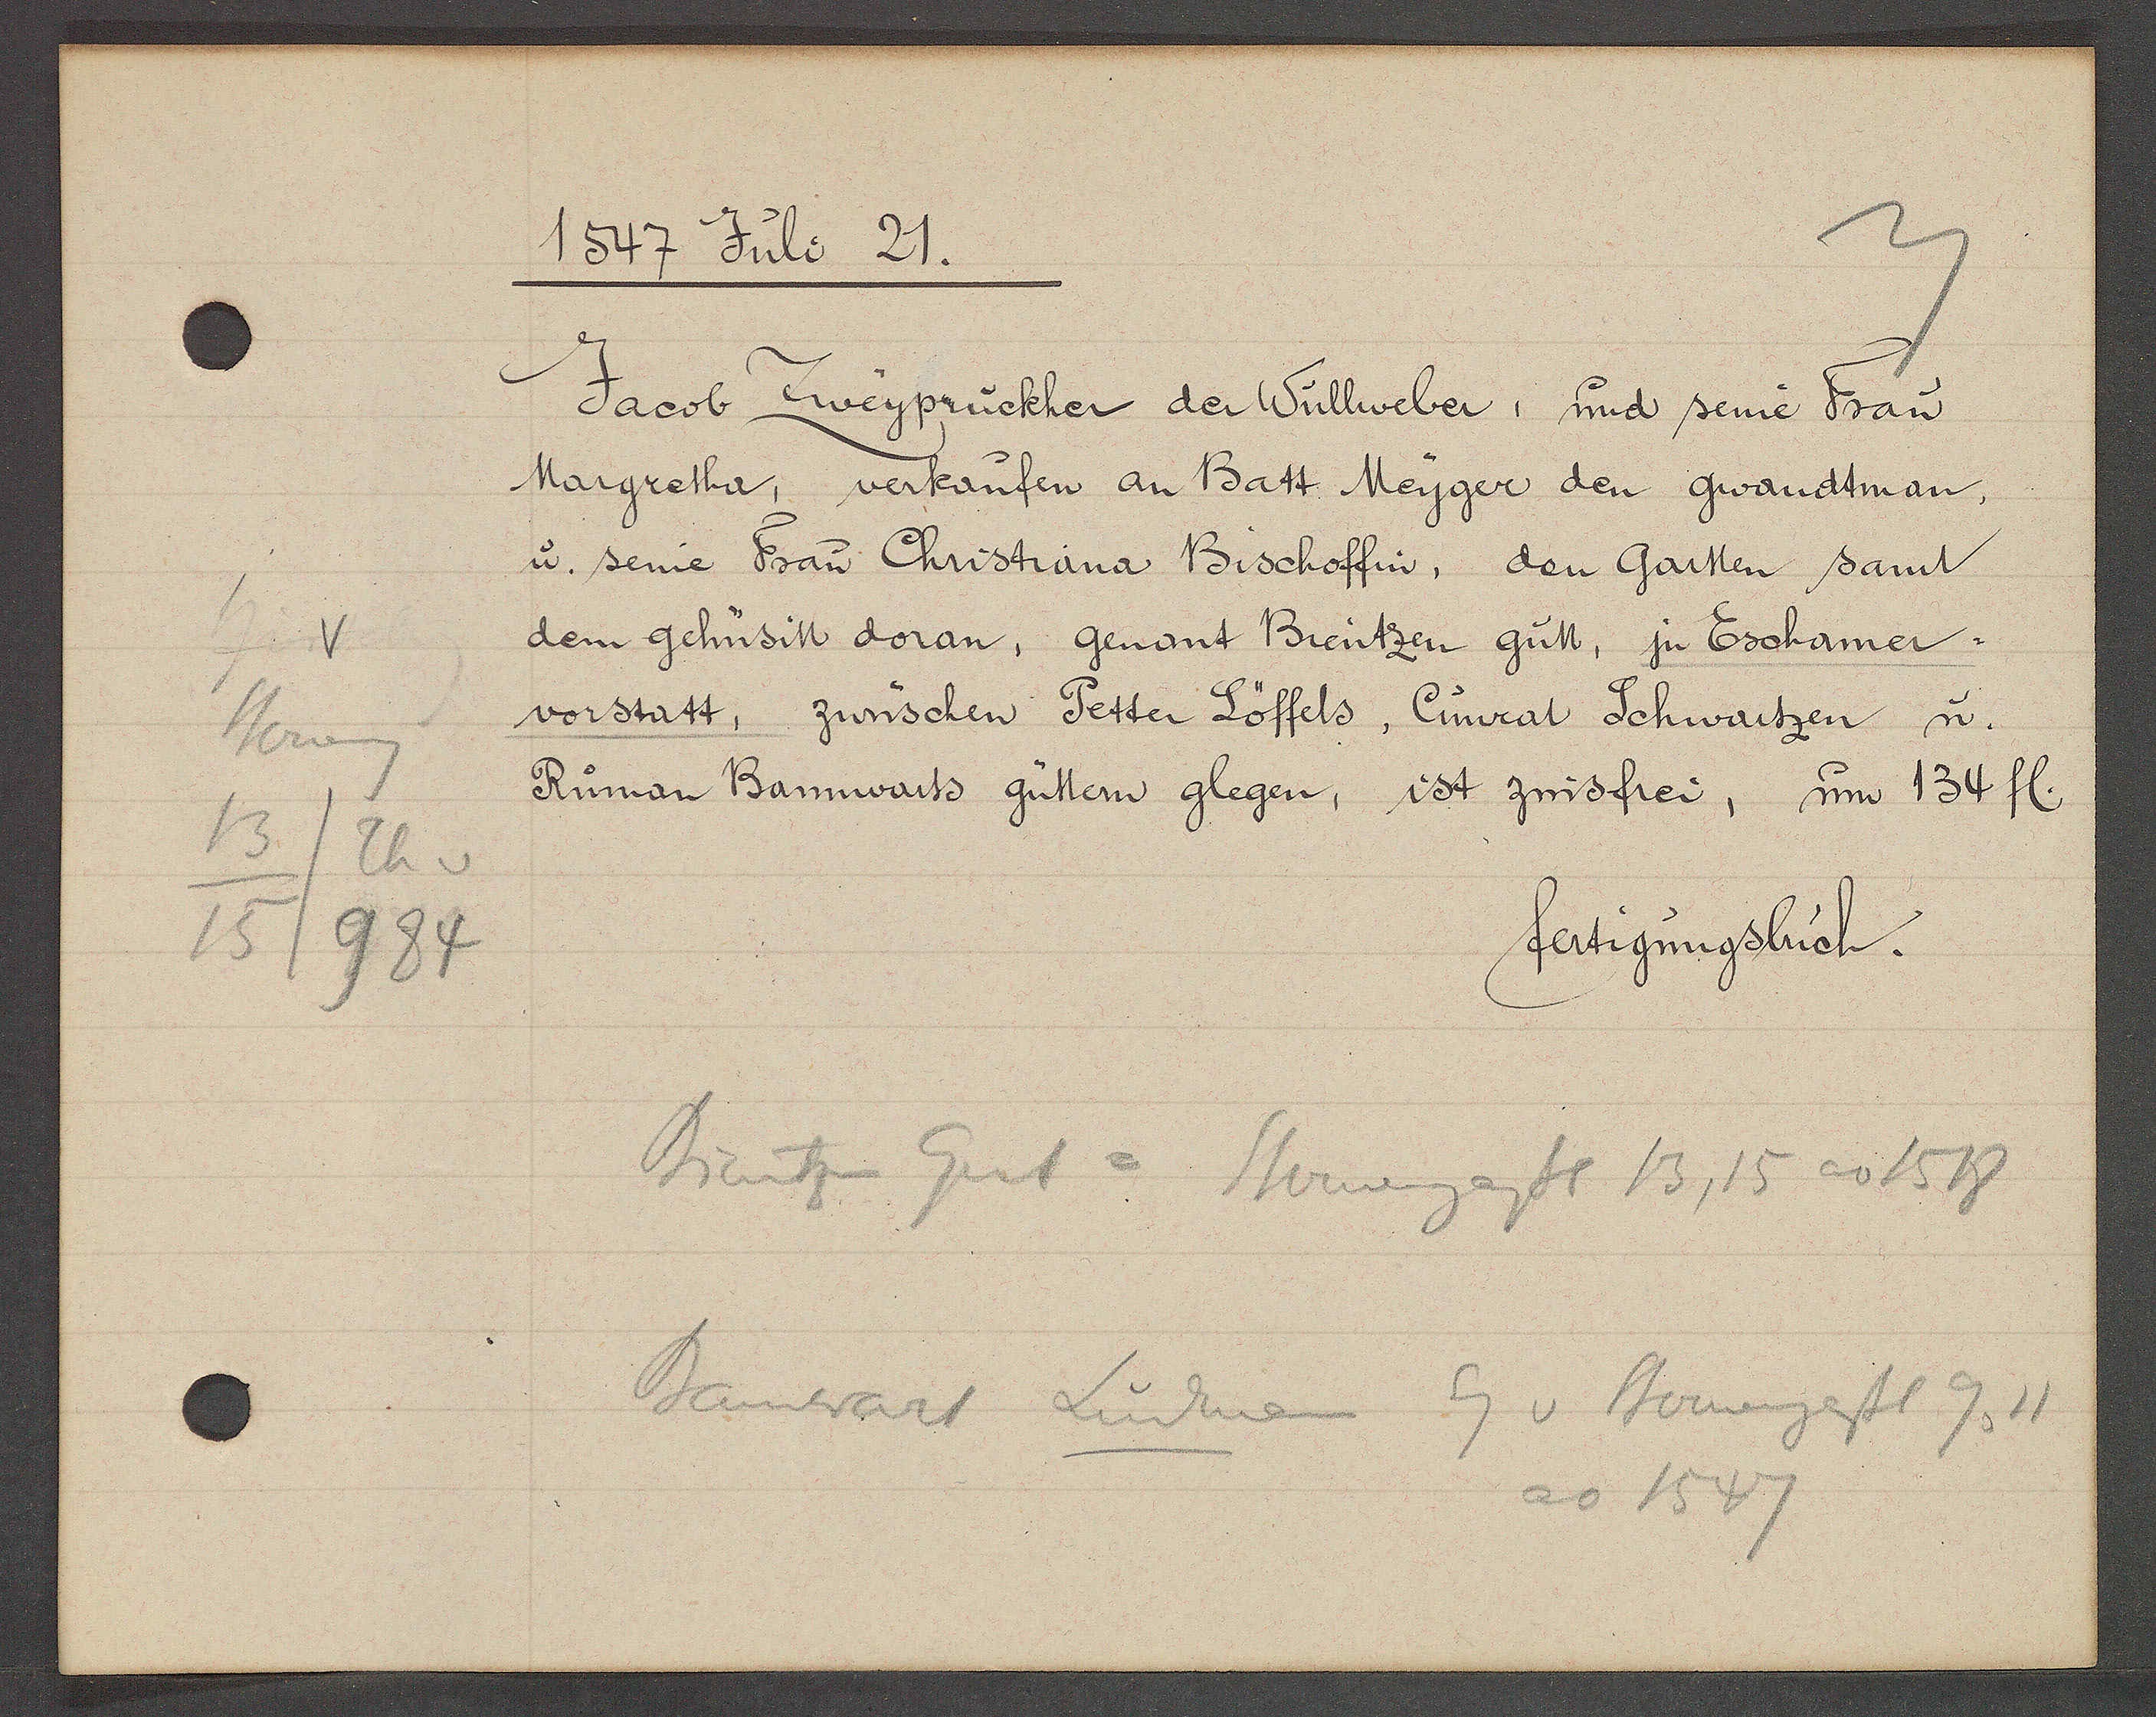
Transcript:
v
Sterneng
13/Th v
15/984

1547 Juli 21.

Jacob Zweyprückler der Wullweber, und seine Frau
Margretha, verkaufen an Batt Meyger den gwandtman,
u. seine Frau Christiana Bischoffin, den Gartten samt
dem gehusitt doran, genant Breutzen gutt, ju Eschamer¬
vorstatt, zwüschen Petter Löffels, Cunrat Schwartzen u.
Ruman Bannwarts güttern glegen, ist zinsfrei, um 134 fl.

fertigungsbuch.

Brentzen Gut =
Sternengassl 13,15 ao 1518
Banwart Ludman Eg v Sternengassl 9, 11
ao 1547